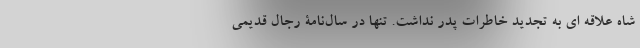
شاه علاقه ای به تجدید خاطرات پدر نداشت. تنها در سال‌نامۀ رجال قدیمی